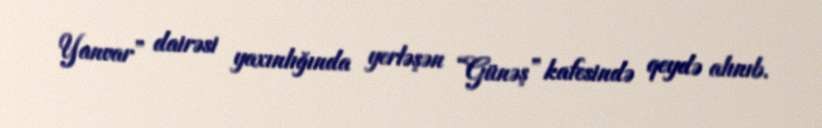
Yanvar” dairəsi yaxınlığında yerləşən “Günəş” kafesində qeydə alınıb.